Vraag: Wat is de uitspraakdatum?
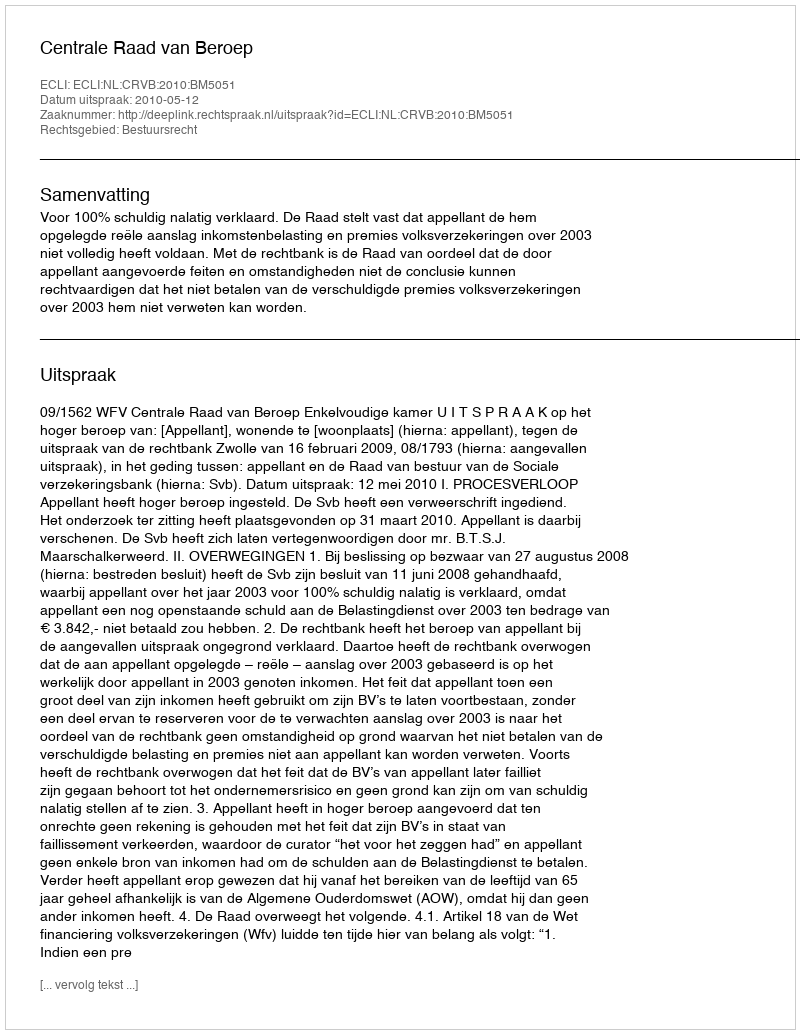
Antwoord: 2010-05-12